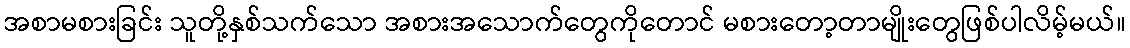
အစာမစားခြင်း သူတို့နှစ်သက်သော အစားအသောက်တွေကိုတောင် မစားတော့တာမျိုးတွေဖြစ်ပါလိမ့်မယ်။